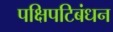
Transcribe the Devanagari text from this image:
पक्षिपटिबंधन